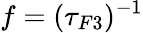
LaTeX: f=(\tau_{F3})^{-1}